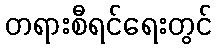
တရားစီရင်ရေးတွင်